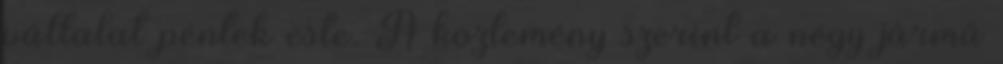
vállalat péntek este. A közlemény szerint a négy jármű